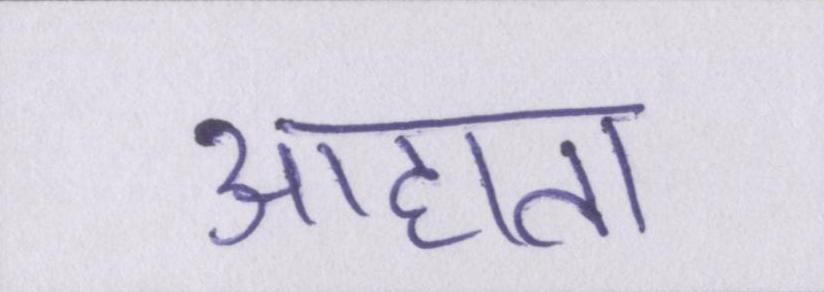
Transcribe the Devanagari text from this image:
आहाता